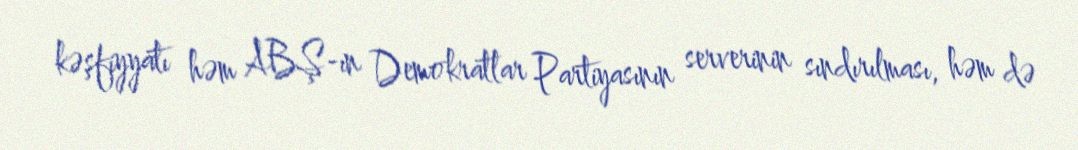
kəşfiyyatı həm ABŞ-ın Demokratlar Partiyasının serverinin sındırılması, həm də